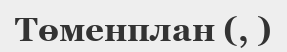
Төменплан (, )